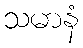
သမာနံ